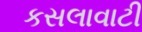
કસલાવાટી